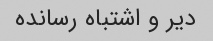
دیر و اشتباه رسانده